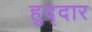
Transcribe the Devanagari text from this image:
हुद्दार